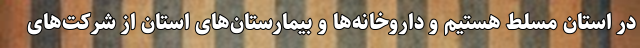
در استان مسلط هستیم و داروخانه‌ها و بیمارستان‌های استان از شرکت‌های